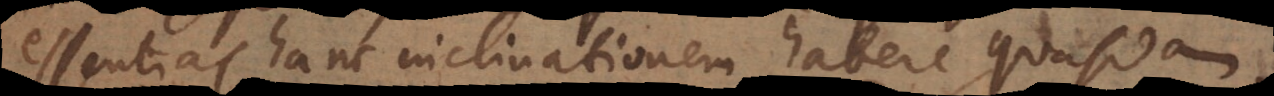
essentias hanc inclinationem habere, quasdam